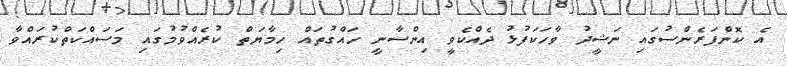
އެ ކޮންފަރެންސުގައި ނަޝީދު ވާހަކަފުޅު ދެއްކެވީ އިންސާނީ ހައްގުތައް ހިމާޔަތް ކުރެއްވުމުގައި މަސައްކަތްކުރައްވާ